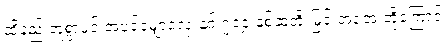
ထိုနည်းတူစွာပင် အပင်မျှောလှေးနှင့် ၇၁၄ နှစ်ဆတိုးမြှင့် အအေးတို့ကြောင့်